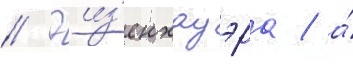
// Эиз'енхауэра / а́